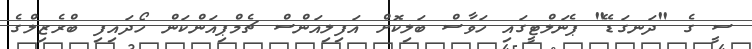
ސީ ގެ "ދަނގަޑޭ" ޕެނަލްޓީގައި ހަވާސް ބަލިކޮށް އަފިލިއަންސް ޗެމްޕިއަންކަން ހޯދައިފި ބްރެޒިލްގެ